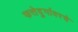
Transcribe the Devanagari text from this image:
फत्तेदुर्गावरचे